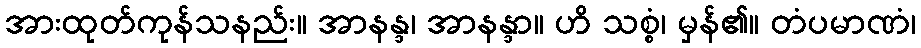
အားထုတ်ကုန်သနည်း။ အာနန္ဒ၊ အာနန္ဒာ။ ဟိ သစ္စံ၊ မှန်၏။ တံပမာဏံ၊